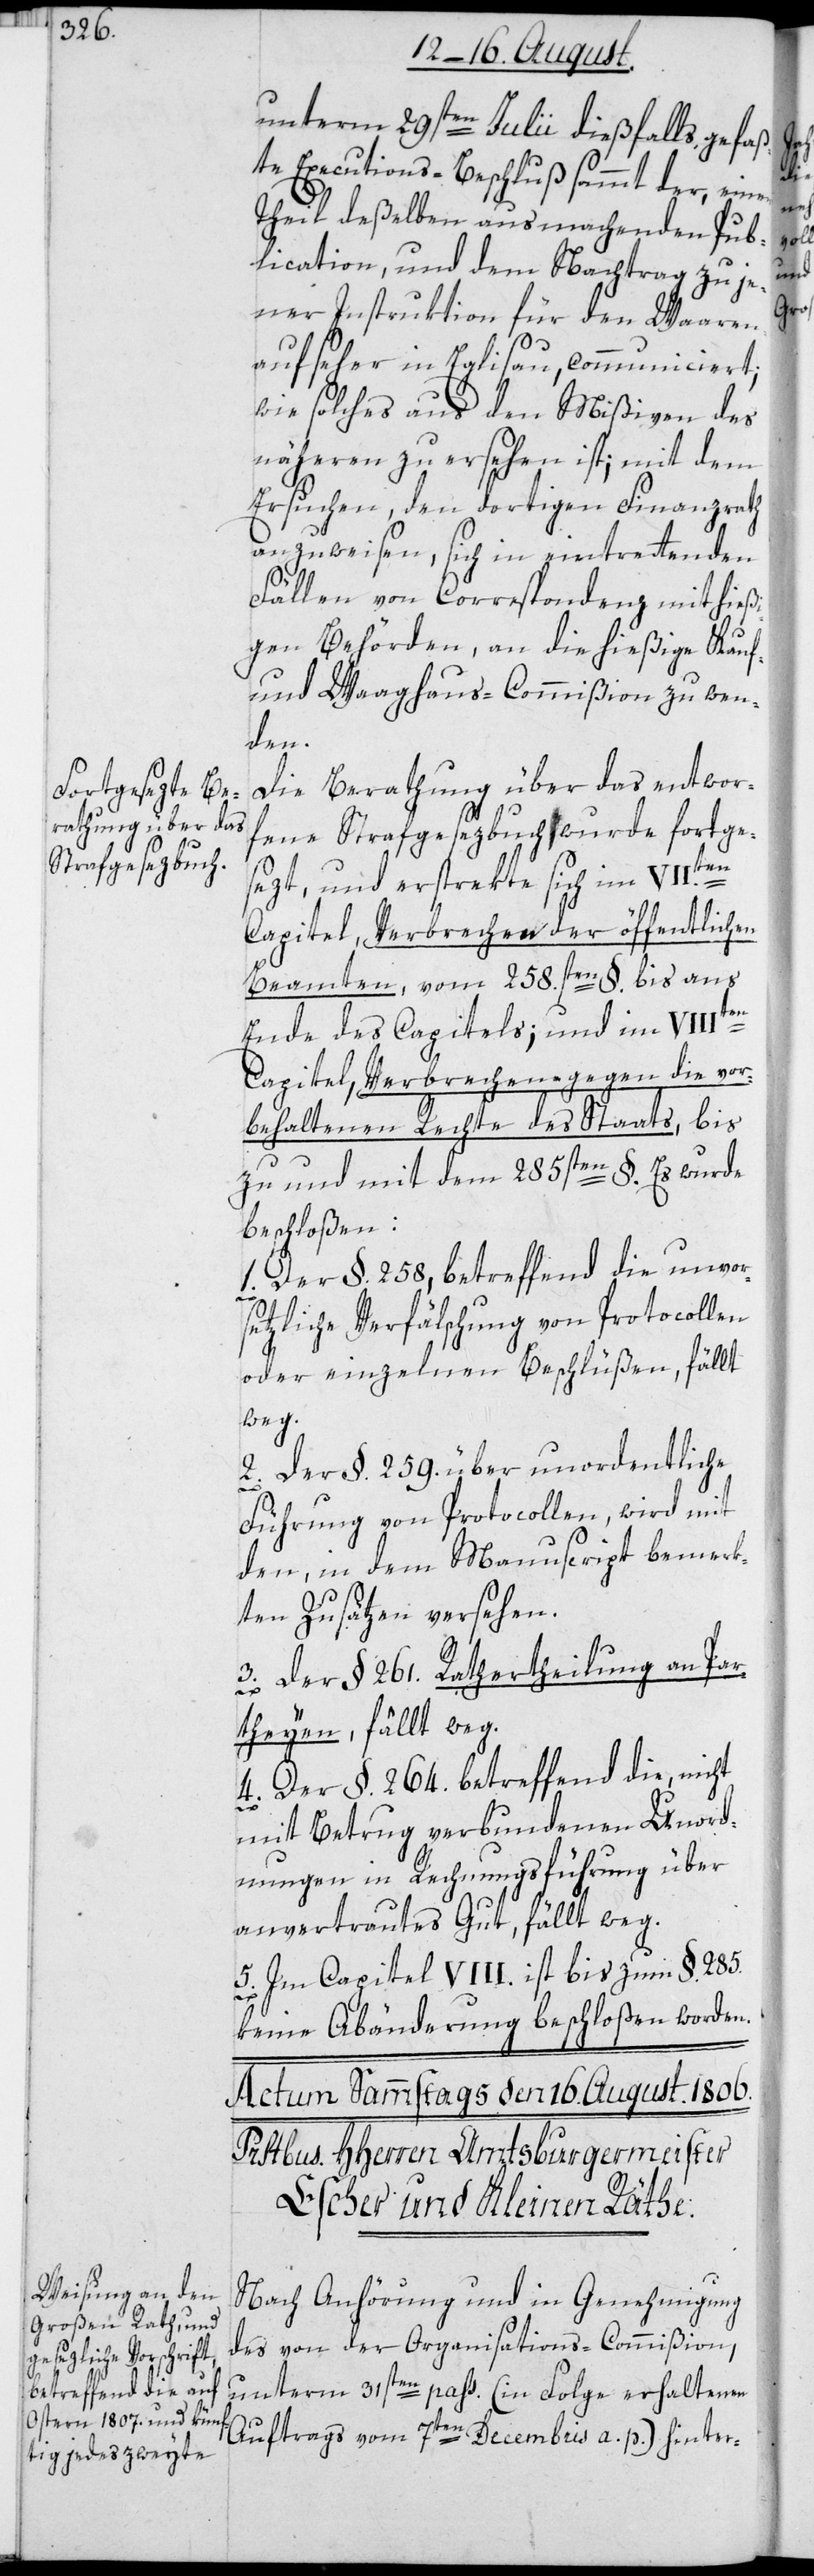
unterm 29sten Julii dießfalls gefaß¬
te Executions-Beschluß sammt der, einen
Theil deßelben ausmachenden Pub¬
lication, und dem Nachtrag zu je¬
ner Instruktion für den Waaren¬
aufseher in Eglisau, communiciert;
wie solches aus den Mißiven des
näheren zu ersehen ist; mit dem
Ersuchen, den dortigen Finanzrath
anzuweisen, sich in eintrettenden
Fällen von Correspondenz mit hießi¬
gen Behörden, an die hießige Kauf-
und Waaghaus-Commißion zu wen¬
den.
Die Berathung über das entwor¬
fene Strafgesezbuch wurde fortge¬
sezt, und erstrekte sich im VII.ten
Capitel Verbrechen der öffentlichen
Beamten, vom 258.sten §. bis ans
Ende des Capitels; und im VIIIten
Capitel, Verbrechen gegen die vor¬
behaltenen Rechte des Staats, bis
zu und mit dem 285sten §. Es wurde
beschloßen:
Der §. 258, betreffend die unvor¬
setzliche Verfälschung von Protocollen
oder einzelnen Beschlüßen, fällt
weg.
2. Der §. 259. über unordentliche
Führung von Protocollen, wird mit
den, in dem Manuscript bemerk¬
ten Zusätzen versehen.
3. Der § 261. Rathertheilung an Par¬
theyen, fällt weg.
4. Der §. 264. betreffend die, nicht
mit Betrug verbundenen Unord¬
nungen in Rechnungsführung über
anvertrautes Gut, fällt weg.
5. Im Capitel VIII. ist bis zum §. 285.
keine Abänderung beschloßen worden.
Nach Anhörung und in Genehmigung
des von der Organisations-Commißion,
unterm 31sten pass. (in Folge erhaltenen
Auftrags vom 7ten Decembris a. p.) hinter-